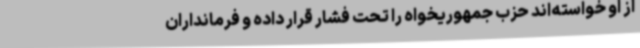
از او خواسته‌اند حزب جمهوریخواه را تحت فشار قرار داده و فرمانداران